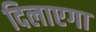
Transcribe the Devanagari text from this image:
दिलाएगा